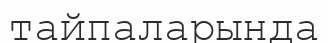
тайпаларында